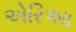
એરિઆ